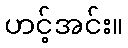
ဟင့်အင်း။